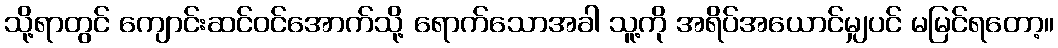
သို့ရာတွင် ကျောင်းဆင်ဝင်အောက်သို့ ရောက်သောအခါ သူ့ကို အရိပ်အယောင်မျှပင် မမြင်ရတော့။